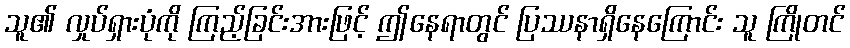
သူ၏ လှုပ်ရှားပုံကို ကြည့်ခြင်းအားဖြင့် ဤနေရာတွင် ပြဿနာရှိနေကြောင်း သူ ကြိုတင်